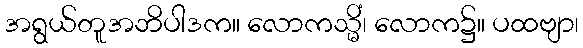
အရွယ်တူအဘိပါဒက။ လောကသ္မိံ၊ လောက၌။ ပထဗျာ၊